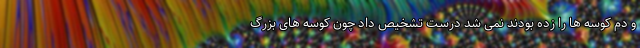
و دم کوسه ها را زده بودند نمی شد درست تشخیص داد چون کوسه های بزرگ